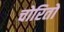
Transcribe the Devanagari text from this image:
चोरितो